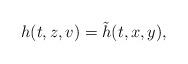
LaTeX: \begin{align*} h(t,z,v)=\tilde h(t,x,y),\end{align*}